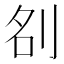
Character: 𭃞